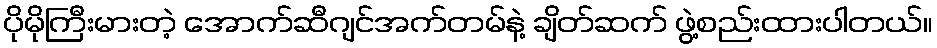
ပိုမိုကြီးမားတဲ့ အောက်ဆီဂျင်အက်တမ်နဲ့ ချိတ်ဆက် ဖွဲ့စည်းထားပါတယ်။